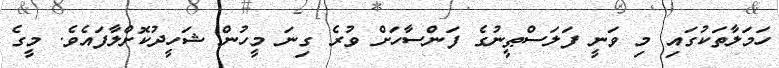
ހަމަލާތަކުގައި މި ވަނީ ފަލަސްޠީނުގެ ފަންސާހަށް ވުރެ ގިނަ މީހުން ޝަހީދުކޮށްލާފައެވެ. މީގެ